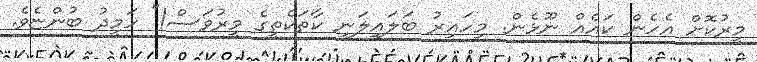
މީރުކޮށް އެހެން ކައެއް ނޫޅެން. މިހައިރު ބަލައިލަނީ ކާތަކެތީގެ މީރުވަސް!" ހަމީދު ބުންޏެވެ.